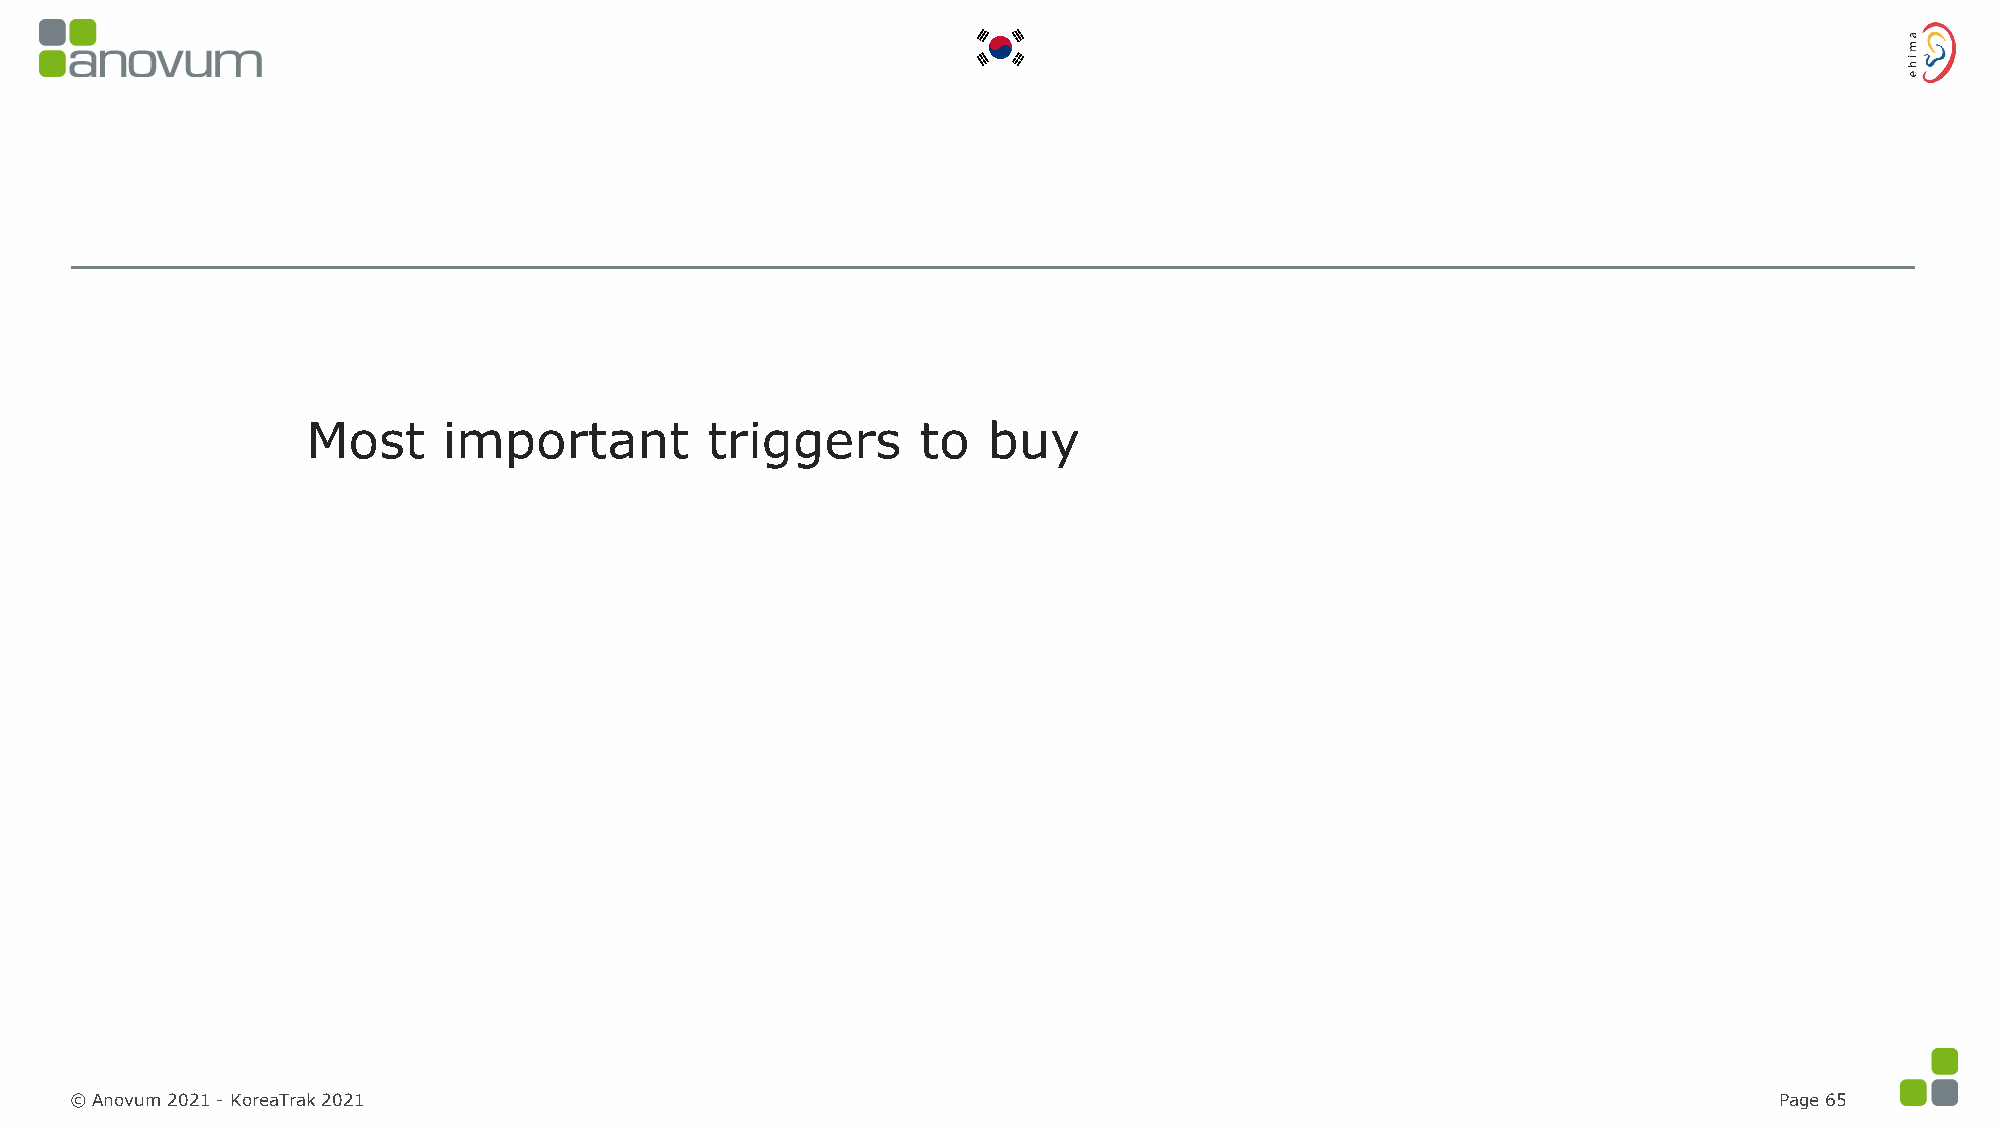
Most     important         triggers      to  buy
 © Anovum 2021 -KoreaTrak 2021                                                                                    Page 65